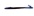
Text: -